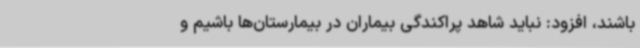
باشند، افزود: نباید شاهد پراکندگی بیماران در بیمارستان‌ها باشیم و